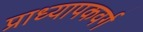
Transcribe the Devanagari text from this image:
प्राध्यापकवर्ग